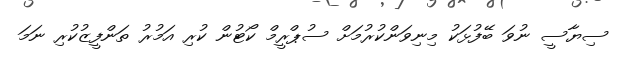
ސިޔާސީ ނުވަ ބޭފުޅަކު މިނިވަންކުރުމަށް ސުޕްރީމް ކޯޓުން ކުރި އަމުރު ތަންފީޒުކުރި ނަމަ